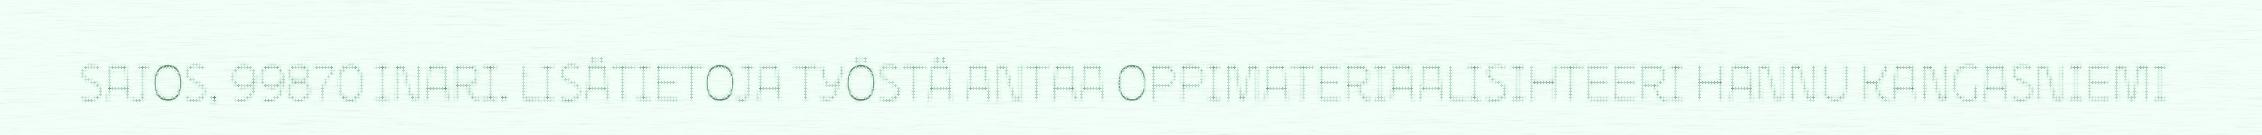
SAJOS, 99870 INARI. LISÄTIETOJA TYÖSTÄ ANTAA OPPIMATERIAALISIHTEERI HANNU KANGASNIEMI